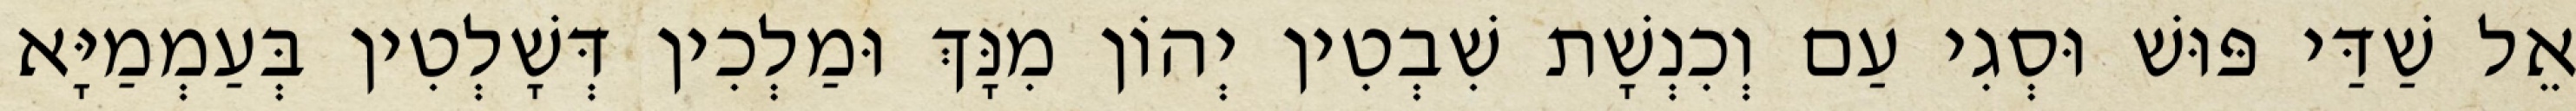
אֵל שַׁדַּי פּוּשׁ וּסְגִי עַם וְכִנְשָׁת שִׁבְטִין יְהוֹן מִנָּךְ וּמַלְכִין דְּשָׁלְטִין בְּעַמְמַיָּא